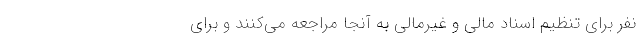
نفر برای تنظیم اسناد مالی و غیرمالی به آنجا مراجعه می‌کنند و برای